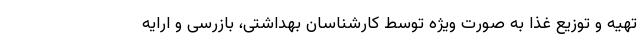
تهیه و توزیع غذا به صورت ویژه توسط کارشناسان بهداشتی، بازرسی و ارایه